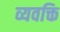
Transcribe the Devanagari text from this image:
व्यवक्ति